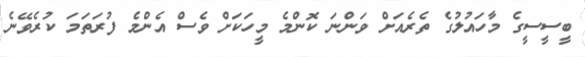
ބީސީސީގެ މާހައުލުގެ ތެރެއަށް ވަންނަ ކޮންމެ މީހަކަށް ވެސް އެންމެ ފުރަތަމަ ކުރެވޭނެ